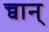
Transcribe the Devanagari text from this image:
च्वान्